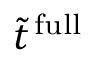
\tilde { t } ^ { \mathrm { \, f u l l } }